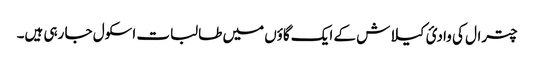
چترال کی وادیٔ کیلاش کے ایک گاؤں میں طالبات اسکول جا رہی ہیں۔